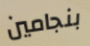
بنجامين